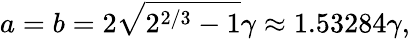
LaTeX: a=b=2\sqrt{2^{2/3}-1}\gamma\approx 1.53284\gamma,